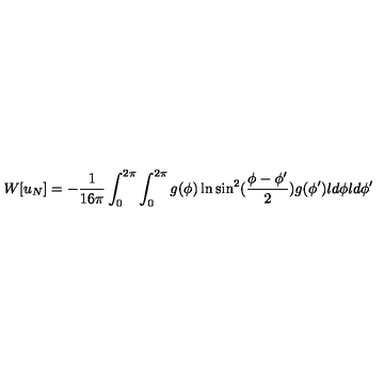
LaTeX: W [ u _ { N } ] = - { \frac { 1 } { 1 6 \pi } } \int _ { 0 } ^ { 2 \pi } \int _ { 0 } ^ { 2 \pi } g ( \phi ) \ln \sin ^ { 2 } ( { \frac { \phi - \phi ^ { \prime } } { 2 } } ) g ( \phi ^ { \prime } ) l d \phi l d \phi ^ { \prime }